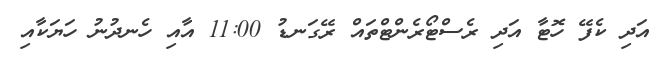
އަދި ކެފޭ ހޮޓާ އަދި ރެސްޓޯރެންޓްތައް ރޭގަނޑު 11:00 އާއި ހެނދުނު ހަޔަކާއި